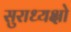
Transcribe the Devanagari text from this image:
सुराध्यक्षो